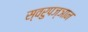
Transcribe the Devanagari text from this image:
स्वरुपज्ञान